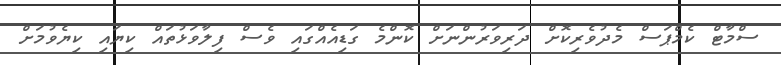
ސްމާޓް ކެމްޕަސް މެދުވެރިކޮށް ދަރިވަރުންނަށް ކޮންމެ ގަޑިއެއްގައި ވެސް ފިލާވަޅުތައް ކިޔައި ކިޔެވުމަށް